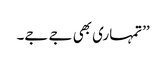
’’تمہاری بھی جے جے۔